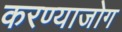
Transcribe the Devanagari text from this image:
करण्याजोग